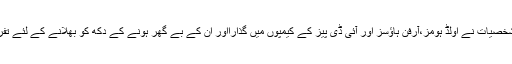
عید کا دن بہت سی مشہور شخصیات نے اولڈ ہومز،آرفن ہاؤسز اور آئی ڈی پیز کے کیمپوں میں گذارااور ان کے بے گھر ہونے کے دکھ کو بھلانے کے لئے تفریح کا بندوبست بھی کیا گیا۔